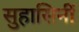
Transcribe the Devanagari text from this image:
सुहासिनीं